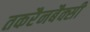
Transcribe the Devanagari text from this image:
तकरैनबैक्सी